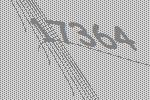
17364